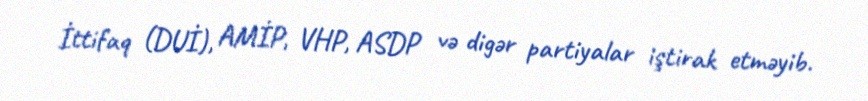
İttifaq (DUİ), AMİP, VHP, ASDP və digər partiyalar iştirak etməyib.